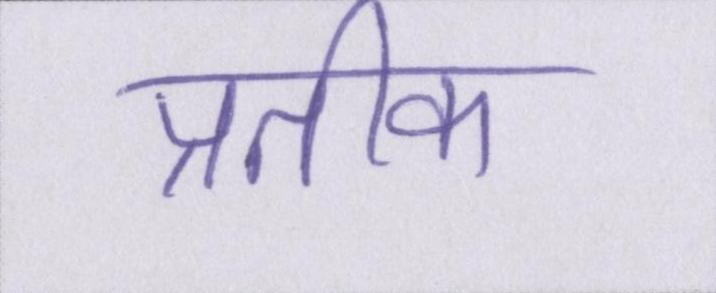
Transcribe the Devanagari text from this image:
प्रतीक